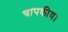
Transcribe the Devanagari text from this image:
चापकीय।